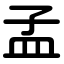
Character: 孟